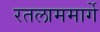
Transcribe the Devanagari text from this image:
रतलाममार्गे